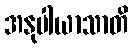
အနုပါယာသာတိ